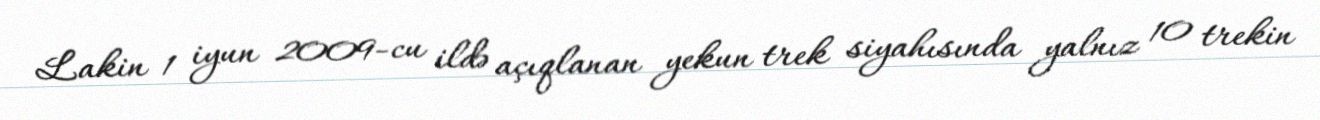
Lakin 1 iyun 2009-cu ildə açıqlanan yekun trek siyahısında yalnız 10 trekin